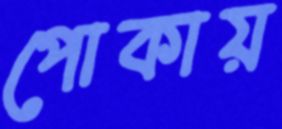
পোকায়